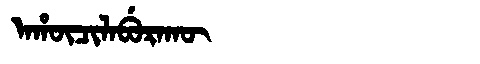
Manchu: ᠠᡥᡡᠴᡳᠯᠠᠪᡠᡵᠠᡴᡡ
Romanization: AHŪCILABURAKŪ